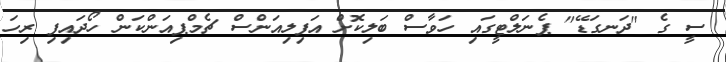
ސީ ގެ "ދަނގަޑޭ" ޕެނަލްޓީގައި ހަވާސް ބަލިކޮށް އަފިލިއަންސް ޗެމްޕިއަންކަން ހޯދައިފި ރިހަ